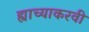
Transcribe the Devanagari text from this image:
ह्याच्याकरवी